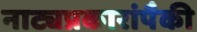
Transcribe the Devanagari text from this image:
नाट्यप्रकारांपैकी